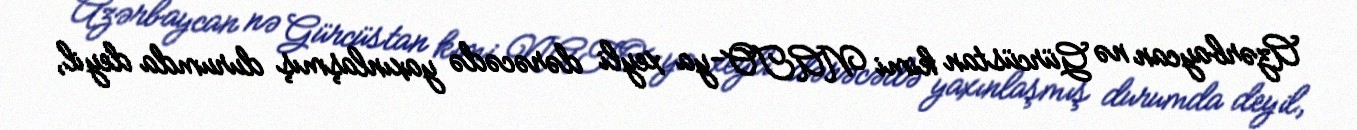
Azərbaycan nə Gürcüstan kimi NATO-ya xeyli dərəcədə yaxınlaşmış durumda deyil,